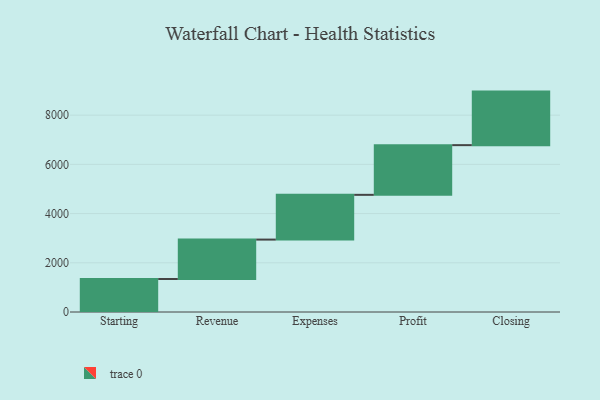
{"axis": {"x": "Step", "y": "Value"}, "legend": [""], "data": [{"x": "Starting", "y": 1341.0, "type": ""}, {"x": "Revenue", "y": 1602.0, "type": ""}, {"x": "Expenses", "y": 1819.0, "type": ""}, {"x": "Profit", "y": 2020.0, "type": ""}, {"x": "Closing", "y": 2176.0, "type": ""}]}